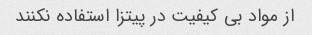
از مواد بی کیفیت در پیتزا استفاده نکنند